Calcutta medical institutions reports 1892-1900
Year: 1892
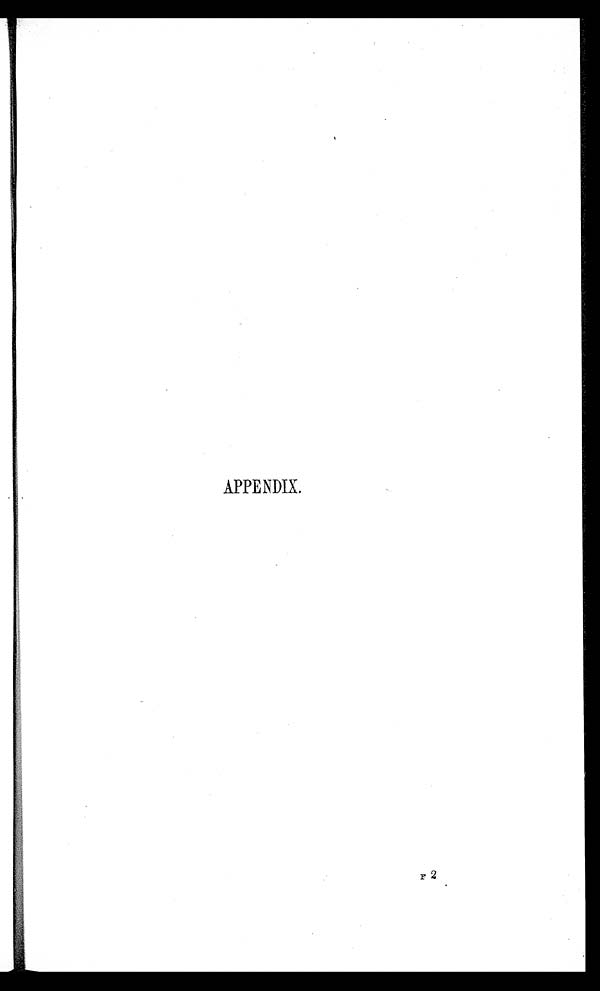
APPENDIX.
F 2